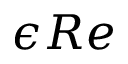
\epsilon R e